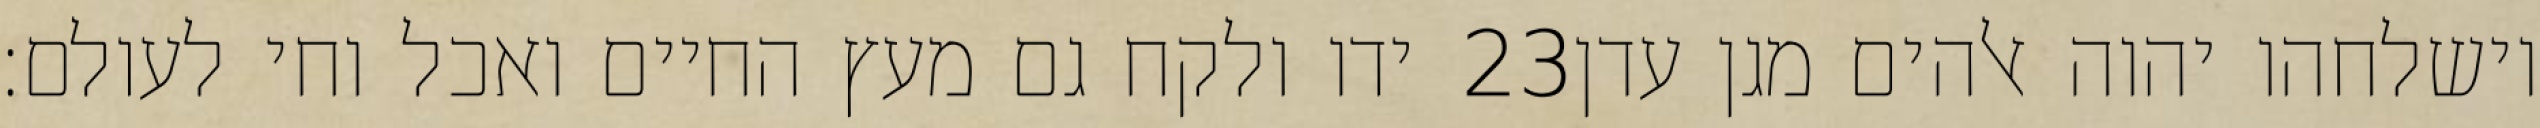
ידו ולקח גם מעץ החיים ואכל וחי לעולם׃ ‎23‏ וישלחהו יהוה אלהים מגן עדן